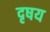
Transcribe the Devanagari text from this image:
दृषय